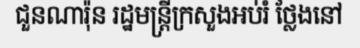
ជួនណារ៉ុន រដ្ឋមន្ត្រីក្រសួងអប់រំ ថ្លែងនៅ